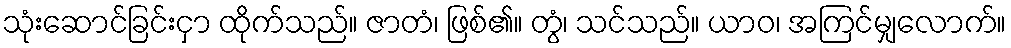
သုံးဆောင်ခြင်းငှာ ထိုက်သည်။ ဇာတံ၊ ဖြစ်၏။ တွံ၊ သင်သည်။ ယာဝ၊ အကြင်မျှလောက်။